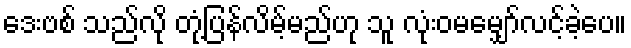
ဒေးဗစ် သည်လို တုံ့ပြန်လိမ့်မည်ဟု သူ လုံးဝမမျှော်လင့်ခဲ့ပေ။